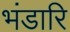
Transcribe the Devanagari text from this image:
भंडारि